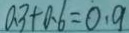
a 3 + 0 . 6 = 0 . 9